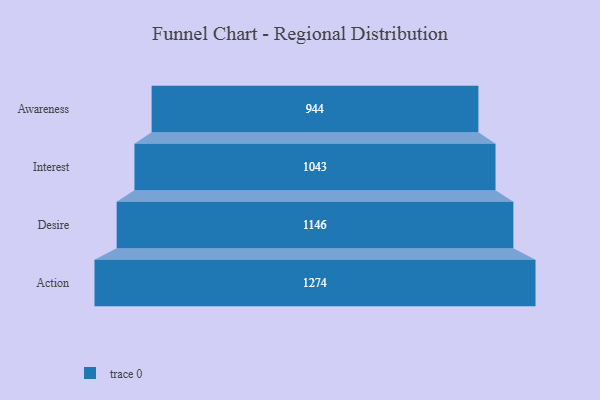
{"axis": {"x": "Stage", "y": "Value"}, "legend": [""], "data": [{"x": "Awareness", "y": 944.0, "type": ""}, {"x": "Interest", "y": 1043.0, "type": ""}, {"x": "Desire", "y": 1146.0, "type": ""}, {"x": "Action", "y": 1274.0, "type": ""}]}